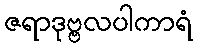
ဇရာဒုဗ္ဗလပါကာရံ